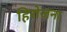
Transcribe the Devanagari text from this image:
हिरोजना